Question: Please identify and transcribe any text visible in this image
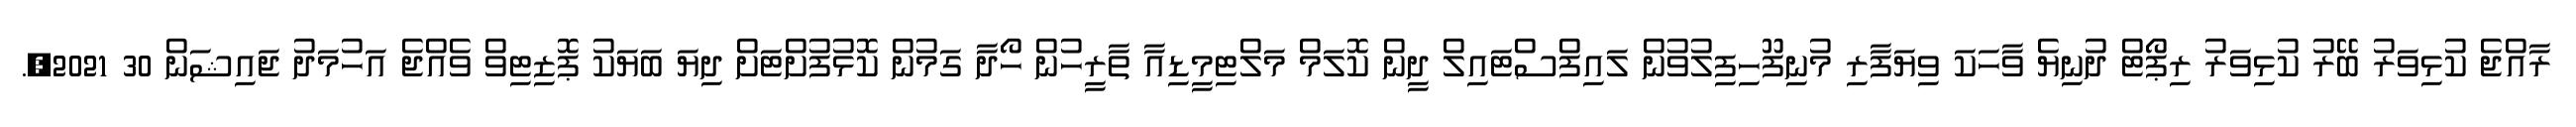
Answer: ރާއްޖެ ކުޅިވަރު ބޭރު ކުޅިވަރު ރިޕޯޓް ދުނިޔެ ވާހަކަ ވިޔަފާރި މުނިފޫހިފިލުވުން ލައިފްސްޓައިލް ދީން ކޮލަމް މަލްޓިމީޑިއާ ތާރީހުން ހޯދާ ގަމުން ކޮޅުފުށްޓަށް ދިޔަ ބަޔަކު ޕޮޒިޓިވް ވެއްޖެ އަހުމަދު ޖައިޝަން 30 2021,.